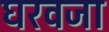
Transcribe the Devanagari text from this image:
घरवजा